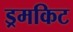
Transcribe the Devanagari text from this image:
ड्रमकिट